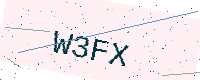
Text: W3FX